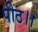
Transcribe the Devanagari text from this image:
पीठ।।